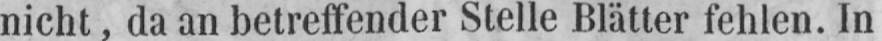
nicht, da an betreffender Stelle Blätter fehlen. In